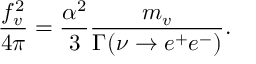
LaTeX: \frac { f _ { v } ^ { 2 } } { 4 \pi } = \frac { \alpha ^ { 2 } } { 3 } \frac { m _ { v } } { \Gamma ( \nu \to e ^ { + } e ^ { - } ) } .